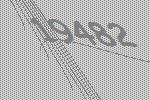
19482